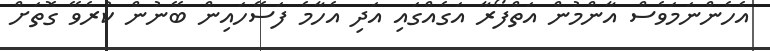
އެހެންނަމަވެސް އާންމުން އަތްފޯރާ އަގެއްގައި އަދި އެހާމެ ފަސޭހައިން ބޭނުން ކުރެވޭ ގޮތަށް